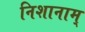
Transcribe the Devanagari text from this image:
निशानाम्